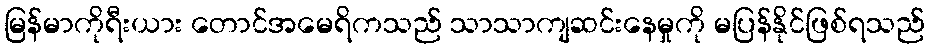
မြန်မာကိုရီးယား တောင်အမေရိကသည် သာသာကျဆင်းနေမှုကို မပြန်နိုင်ဖြစ်ရသည်